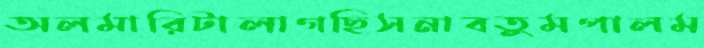
অলমারিটালাগছিসনাবতুমপালম